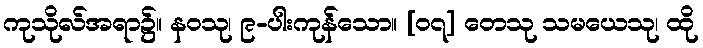
ကုသိုလ်အရာ၌။ နဝသု၊ ၉-ပါးကုန်သော။ [၀၇] တေသု သမယေသု၊ ထို